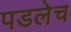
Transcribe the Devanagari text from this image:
पडलेच